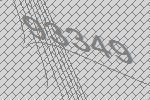
93349